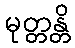
မုတ္တန္တိ